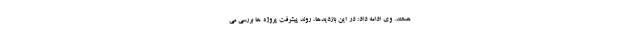
هستند. وی ادامه داد: در این بازدیدها، روند پیشرفت پروژه ها بررسی می